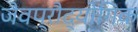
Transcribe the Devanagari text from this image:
जैवप्रौद्योगिक